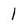
Character: 1